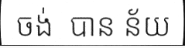
ចង់  បាន ន័យ